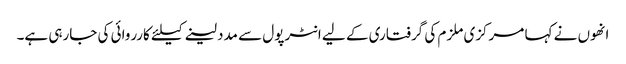
انھوں نے کہا مرکزی ملزم کی گرفتاری کے لیے انٹرپول سے مدد لینے کیلئے کارروائی کی جارہی ہے۔